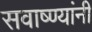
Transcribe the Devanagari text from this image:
सवाष्ण्यांनी